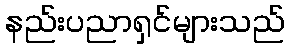
နည်းပညာရှင်များသည်